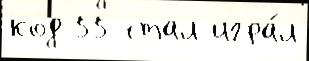
код 55 стал игра́л